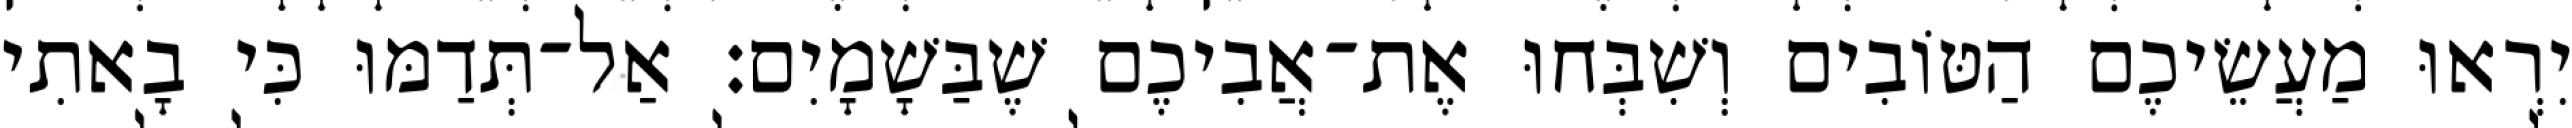
יִרְאוּ מַעֲשֵׂיכֶם הַטּוֹבִים וְשִׁבְּחוּ אֶת־אֲבִיכֶם שֶׁבַּשָׁמָיִם׃ אַל־תְּדַמּוּ כִּי בָאתִי